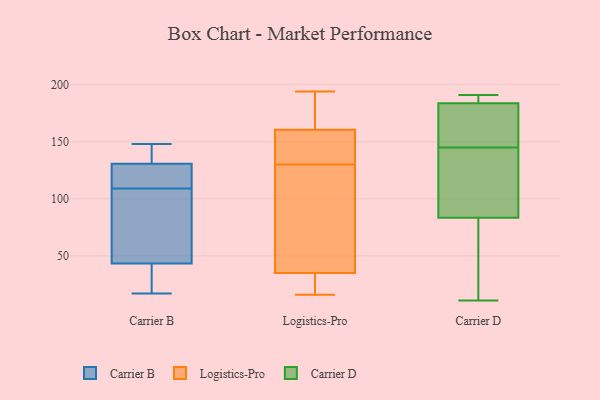
{"axis": {"x": "Backlog", "y": "Value"}, "legend": ["Carrier B", "Carrier D", "Logistics-Pro"], "data": [{"x": "", "y": 38, "type": "Carrier B"}, {"x": "", "y": 112, "type": "Carrier B"}, {"x": "", "y": 118, "type": "Carrier B"}, {"x": "", "y": 90, "type": "Carrier B"}, {"x": "", "y": 109, "type": "Carrier B"}, {"x": "", "y": 148, "type": "Carrier B"}, {"x": "", "y": 29, "type": "Carrier B"}, {"x": "", "y": 132, "type": "Carrier B"}, {"x": "", "y": 17, "type": "Carrier B"}, {"x": "", "y": 39, "type": "Carrier B"}, {"x": "", "y": 134, "type": "Carrier B"}, {"x": "", "y": 96, "type": "Carrier B"}, {"x": "", "y": 130, "type": "Carrier B"}, {"x": "", "y": 56, "type": "Carrier B"}, {"x": "", "y": 131, "type": "Carrier B"}, {"x": "", "y": 178, "type": "Logistics-Pro"}, {"x": "", "y": 18, "type": "Logistics-Pro"}, {"x": "", "y": 171, "type": "Logistics-Pro"}, {"x": "", "y": 157, "type": "Logistics-Pro"}, {"x": "", "y": 35, "type": "Logistics-Pro"}, {"x": "", "y": 77, "type": "Logistics-Pro"}, {"x": "", "y": 186, "type": "Logistics-Pro"}, {"x": "", "y": 48, "type": "Logistics-Pro"}, {"x": "", "y": 155, "type": "Logistics-Pro"}, {"x": "", "y": 144, "type": "Logistics-Pro"}, {"x": "", "y": 17, "type": "Logistics-Pro"}, {"x": "", "y": 194, "type": "Logistics-Pro"}, {"x": "", "y": 130, "type": "Logistics-Pro"}, {"x": "", "y": 16, "type": "Logistics-Pro"}, {"x": "", "y": 35, "type": "Logistics-Pro"}, {"x": "", "y": 131, "type": "Logistics-Pro"}, {"x": "", "y": 129, "type": "Logistics-Pro"}, {"x": "", "y": 156, "type": "Carrier D"}, {"x": "", "y": 188, "type": "Carrier D"}, {"x": "", "y": 132, "type": "Carrier D"}, {"x": "", "y": 186, "type": "Carrier D"}, {"x": "", "y": 49, "type": "Carrier D"}, {"x": "", "y": 172, "type": "Carrier D"}, {"x": "", "y": 111, "type": "Carrier D"}, {"x": "", "y": 145, "type": "Carrier D"}, {"x": "", "y": 89, "type": "Carrier D"}, {"x": "", "y": 67, "type": "Carrier D"}, {"x": "", "y": 188, "type": "Carrier D"}, {"x": "", "y": 191, "type": "Carrier D"}, {"x": "", "y": 180, "type": "Carrier D"}, {"x": "", "y": 11, "type": "Carrier D"}, {"x": "", "y": 183, "type": "Carrier D"}, {"x": "", "y": 141, "type": "Carrier D"}, {"x": "", "y": 14, "type": "Carrier D"}]}